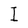
Character: I